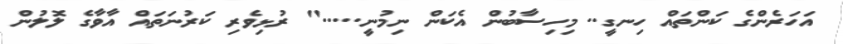
އަހަރެންގެ ކަންތައް ހިނގީ.. މިހިސާބުން އެކަން ނިމުނީ....." ރުޅިވެރި ކަރުނަތައް އާވާގެ ލޮލުން